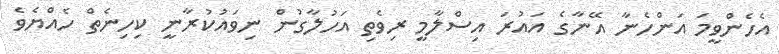
އެހެންވީމަ އަންހެނާ އޭނާގެ އައުރަ އިސްލާމީ ރިވެތި އަހުލާގުން ނިވައުކުރާނީ ކިހިނެތް ހެއްޔެވެ